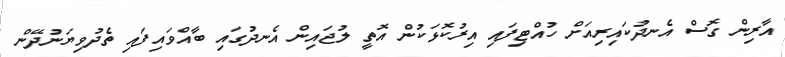
އާރިން ގޮސް އެނދުކައިރިއަށް ހުއްޓިފައި އިރުކޮޅަކުން އޮތީ ލުޖައިން އެނދުގައި ބާއްވައިފައި ތެދުވިޔަނުދޭން